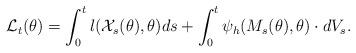
LaTeX: \begin{align*}\mathcal{L}_t(\theta)=\int_0^t l(\mathcal{X}_s(\theta),\theta)ds+\int_0^t \psi_h(M_s(\theta),\theta)\cdot dV_s.\end{align*}